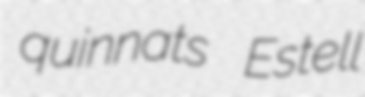
quinnats Estell